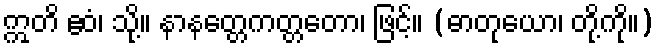
ဣတိ ဧဝံ၊ သို့။ နာနတ္တေကတ္တတော၊ ဖြင့်။ (ဓာတုယော၊ တို့ကို။)